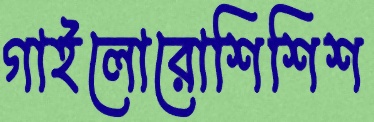
গাইলোরোশিশিশ